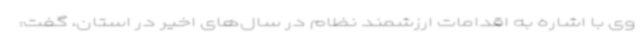
وی با اشاره به اقدامات ارزشمند نظام در سال‌های اخیر در استان، گفت: